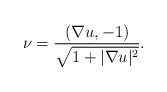
LaTeX: \begin{align*} \nu = \frac{(\nabla u,-1)}{\sqrt{1+|\nabla u|^2}}. \end{align*}